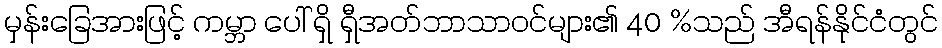
မှန်းခြေအားဖြင့် ကမ္ဘာ ပေါ် ရှိ ရှီအတ်ဘာသာဝင်များ၏ 40 %သည် အီရန်နိုင်ငံတွင်